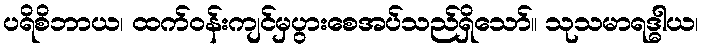
ပရိစိဘာယ၊ ထက်ဝန်းကျင်မှပွားစေအပ်သည်ရှိသော်။ သုသမာရဒ္ဓါယ၊